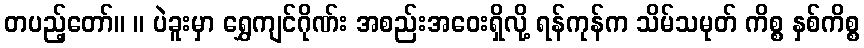
တပည့်တော်။ ။ ပဲခူးမှာ ရွှေကျင်ဂိုဏ်း အစည်းအဝေးရှိလို့ ရန်ကုန်က သိမ်သမုတ် ကိစ္စ နှစ်ကိစ္စ